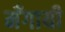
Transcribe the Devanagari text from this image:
मँगायी